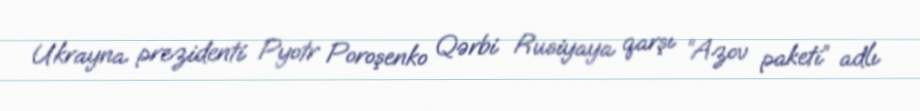
Ukrayna prezidenti Pyotr Poroşenko Qərbi Rusiyaya qarşı “Azov paketi” adlı